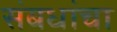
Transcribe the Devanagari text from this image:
संबधांचा